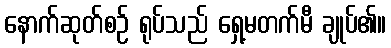
နောက်ဆုတ်စဉ် ရုပ်သည် ရှေ့မတက်မီ ချုပ်၏။